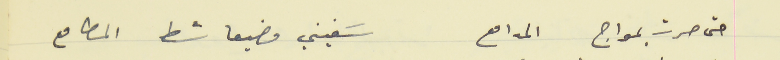
حتى صرت بمواج المدامع                                       سَفيني مضيعا شط المطامع